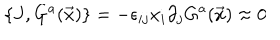
\{ J , G ^ { a } ( \vec { x } ) \} = - \epsilon _ { i j } x _ { i } \partial _ { j } G ^ { a } ( \vec { x } ) \approx 0